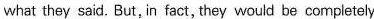
what they said. But, in fact, they would be completely